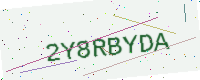
Text: 2Y8RBYDA